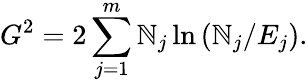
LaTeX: G^{2}=2\sum_{j=1}^{m}\mathbb{N}_{j}\ln\left(\mathbb{N}_{j}/E_{j}\right).